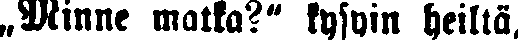
„Minne matka?" kysyin heiltä.